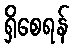
ရှိစေရန်